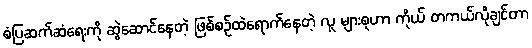
စံပြဆက်ဆံရေးကို ဆွဲဆောင်နေတဲ့ ဖြစ်စဉ်ထဲရောက်နေတဲ့ လူ များစုဟာ ကိုယ် တကယ်လိုချင်တာ